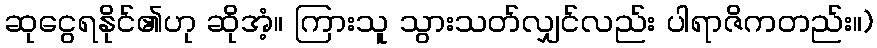
ဆုငွေရနိုင်၏ဟု ဆိုအံ့။ ကြားသူ သွားသတ်လျှင်လည်း ပါရာဇိကတည်း။)